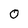
Character: 0